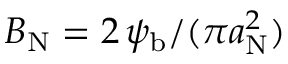
B _ { \mathrm { N } } = 2 \, \psi _ { \mathrm { b } } / ( \pi a _ { \mathrm { N } } ^ { 2 } )